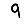
Digit: 9